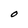
Character: O